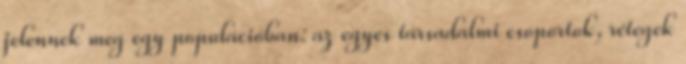
jelennek meg egy populációban: az egyes társadalmi csoportok, rétegek